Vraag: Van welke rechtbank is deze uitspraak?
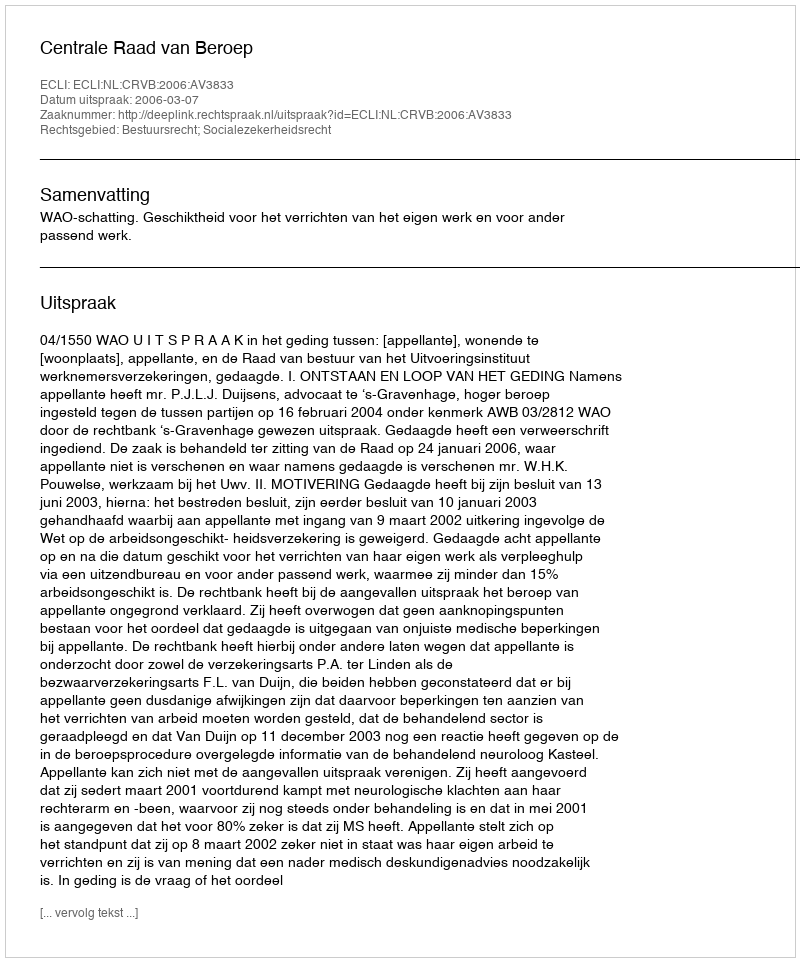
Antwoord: Centrale Raad van Beroep